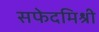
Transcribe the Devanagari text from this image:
सफेदमिश्री